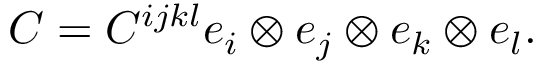
C = C ^ { i j k l } e _ { i } \otimes e _ { j } \otimes e _ { k } \otimes e _ { l } .